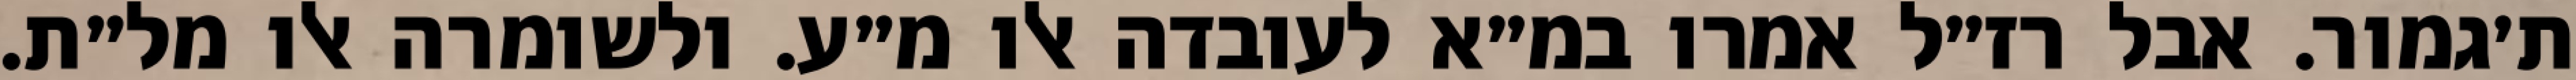
ת׳גמור. אבל רז״ל אמרו במ״א לעובדה אלו מ״ע. ולשומרה אלו מל״ת.